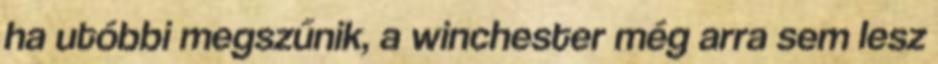
ha utóbbi megszűnik, a winchester még arra sem lesz